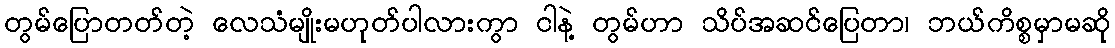
တွမ်ပြောတတ်တဲ့ လေသံမျိုးမဟုတ်ပါလားကွာ ငါနဲ့ တွမ်ဟာ သိပ်အဆင်ပြေတာ၊ ဘယ်ကိစ္စမှာမဆို